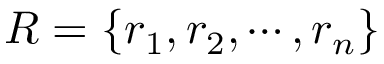
R = \{ r _ { 1 } , r _ { 2 } , \cdots , r _ { n } \}